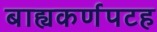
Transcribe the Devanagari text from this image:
बाह्यकर्णपटह